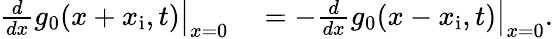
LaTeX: \begin{array}{rl}{\left.\frac{d}{dx}g_{0}(x+x_{\mathrm{i}},t)\right|_{x=0}}&{{}=-\left.\frac{d}{dx}g_{0}(x-x_{\mathrm{i}},t)\right|_{x=0}.}\end{array}